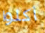
أكلوا